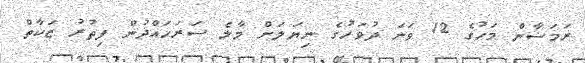
ރަމަޟާން މަހުގެ 12 ވަނަ ދުވަހުގެ ނިޔަލަށް މާލެ ސަރަހައްދުން ފިތުރު ޒަކާތް